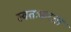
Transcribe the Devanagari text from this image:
स्वतःकरता